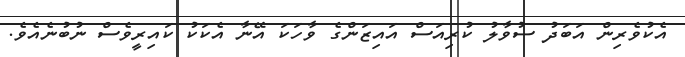
އެކުވެރިން އަބަދު ސުވާލު ކުރިއަސް އައިޒަންގެ ވާހަކަ އޭނާ އެކަކު ކައިރީވެސް ނުބުނެއެވެ.